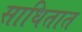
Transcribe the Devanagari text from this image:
साधितात